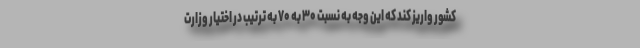
کشور واریز کند که این وجه به نسبت ۳۰ به ۷۰ به ترتیب در اختیار وزارت